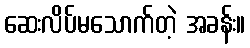
ဆေးလိပ်မသောက်တဲ့ အခန်း။